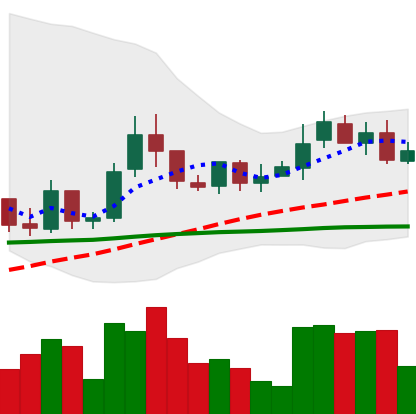
Ticker: LINK-USD
Chart end date: 2019-02-22
Forward return: -4.546%
Label: down_3_5